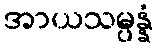
အာယသမ္ပန္နံ